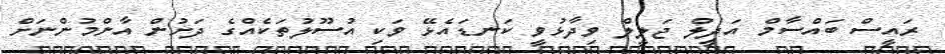
ރައީސް ބައްސާމް އަދީލް ޖަލީލް ވިދާޅުވީ ކަނޑައެޅޭ ވަކި އުސޫލުތަކެއްގެ ދަށުން އާންމުންނަށް